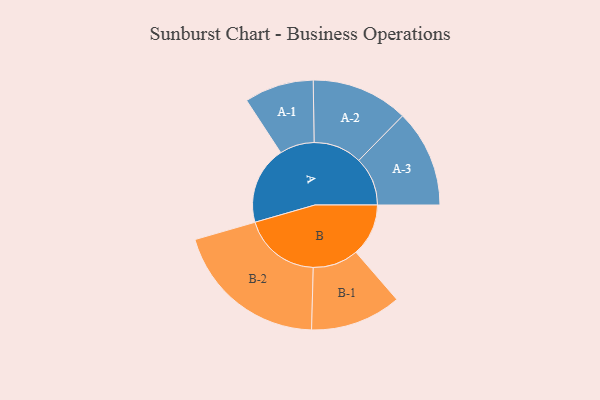
{"axis": {"x": "Segment", "y": "Value"}, "legend": ["", "A", "B"], "data": [{"x": "A", "y": 288, "type": ""}, {"x": "B", "y": 194, "type": ""}, {"x": "A-1", "y": 128, "type": "A"}, {"x": "A-2", "y": 179, "type": "A"}, {"x": "A-3", "y": 180, "type": "A"}, {"x": "B-1", "y": 168, "type": "B"}, {"x": "B-2", "y": 286, "type": "B"}]}